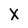
Character: X